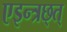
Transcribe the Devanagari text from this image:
एइन्त्रछ्त्